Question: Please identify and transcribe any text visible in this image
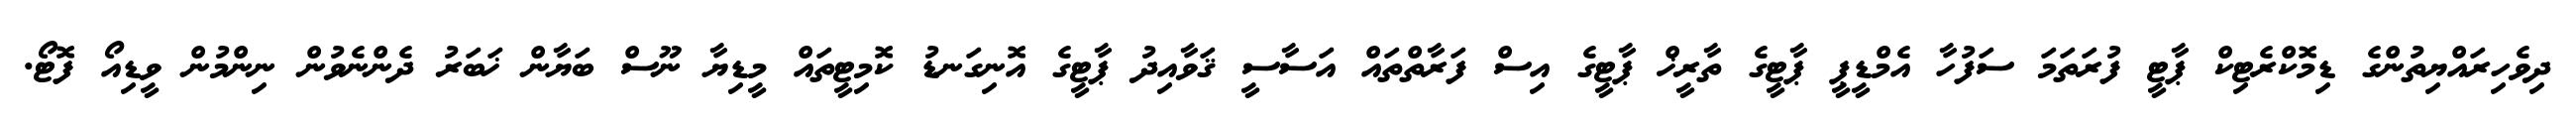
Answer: ދިވެހިރައްޔިތުންގެ ޑިމޮކްރެޓިކް ޕާޓީ ފުރަތަމަ ސަފުހާ އެމްޑީޕީ ޕާޓީގެ ތާރީޚް ޕާޓީގެ އިސް ފަރާތްތައް އަސާސީ ޤަވާއިދު ޕާޓީގެ އޮނިގަނޑު ކޮމިޓީތައް މީޑިޔާ ނޫސް ބަޔާން ޚަބަރު ދެންނެވުން ނިންމުން ވީޑިއޯ ފޮޓޯ.